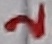
Text: 2